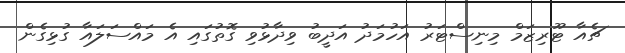
ޗެއާ ޓޫރިޒަމް މިނިސްޓަރު އަހުމަދު އަދީބު ވިދާޅުވި ގޮތުގައި އެ މައްސަލައާ ގުޅިގެން